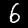
Label: 6